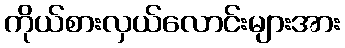
ကိုယ်စားလှယ်လောင်းများအား